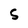
Character: s